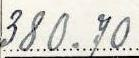
380.70